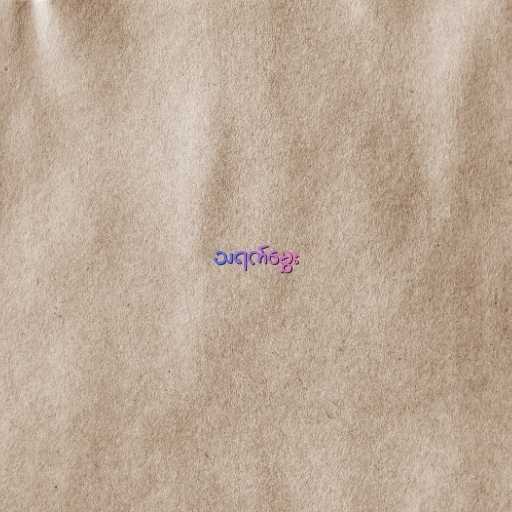
သရက်မွှေး